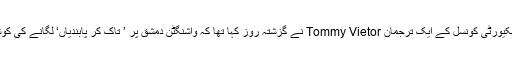
امریکی نیشنل سکیورٹی کونسل کے ایک ترجمان Tommy Vietor نے گزشتہ روز کہا تھا کہ واشنگٹن دمشق پر ’ تاک کر پابندیاں‘ لگانے کی کوشش کر رہا ہے۔